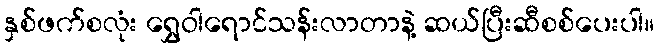
နှစ်ဖက်စလုံး ရွှေဝါရောင်သန်းလာတာနဲ့ ဆယ်ပြီးဆီစစ်ပေးပါ။